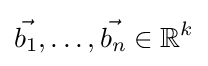
{\vec {b_{1}}},\ldots ,{\vec {b_{n}}}\in \mathbb {R} ^{k}